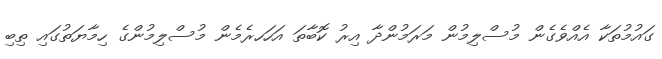
ގައުމުތަކާ އެއްވެގެން މުސްލިމުން މަރަމުންދާ އިރު ކޮބާތަ އަހަހރެމެން މުސްލިމުންގެ ހިމާޔަތުގައި ތިބި